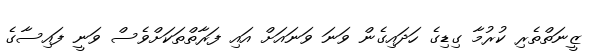
ޒީނަތްތެރި ކުރުމާ ގިޑިގެ ހަދައިގެން ވަނަ ވަނައަށް އައި ފަރާތްތަކަށްވެސް ވަނީ ފައިސާގެ